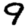
Digit: 9